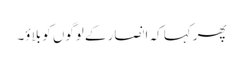
پھر کہا کہ انصار کے لوگوں کو بلاؤ۔